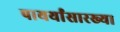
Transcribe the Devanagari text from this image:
पायर्यांसारख्या